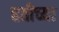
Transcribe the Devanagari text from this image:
हतीच्या